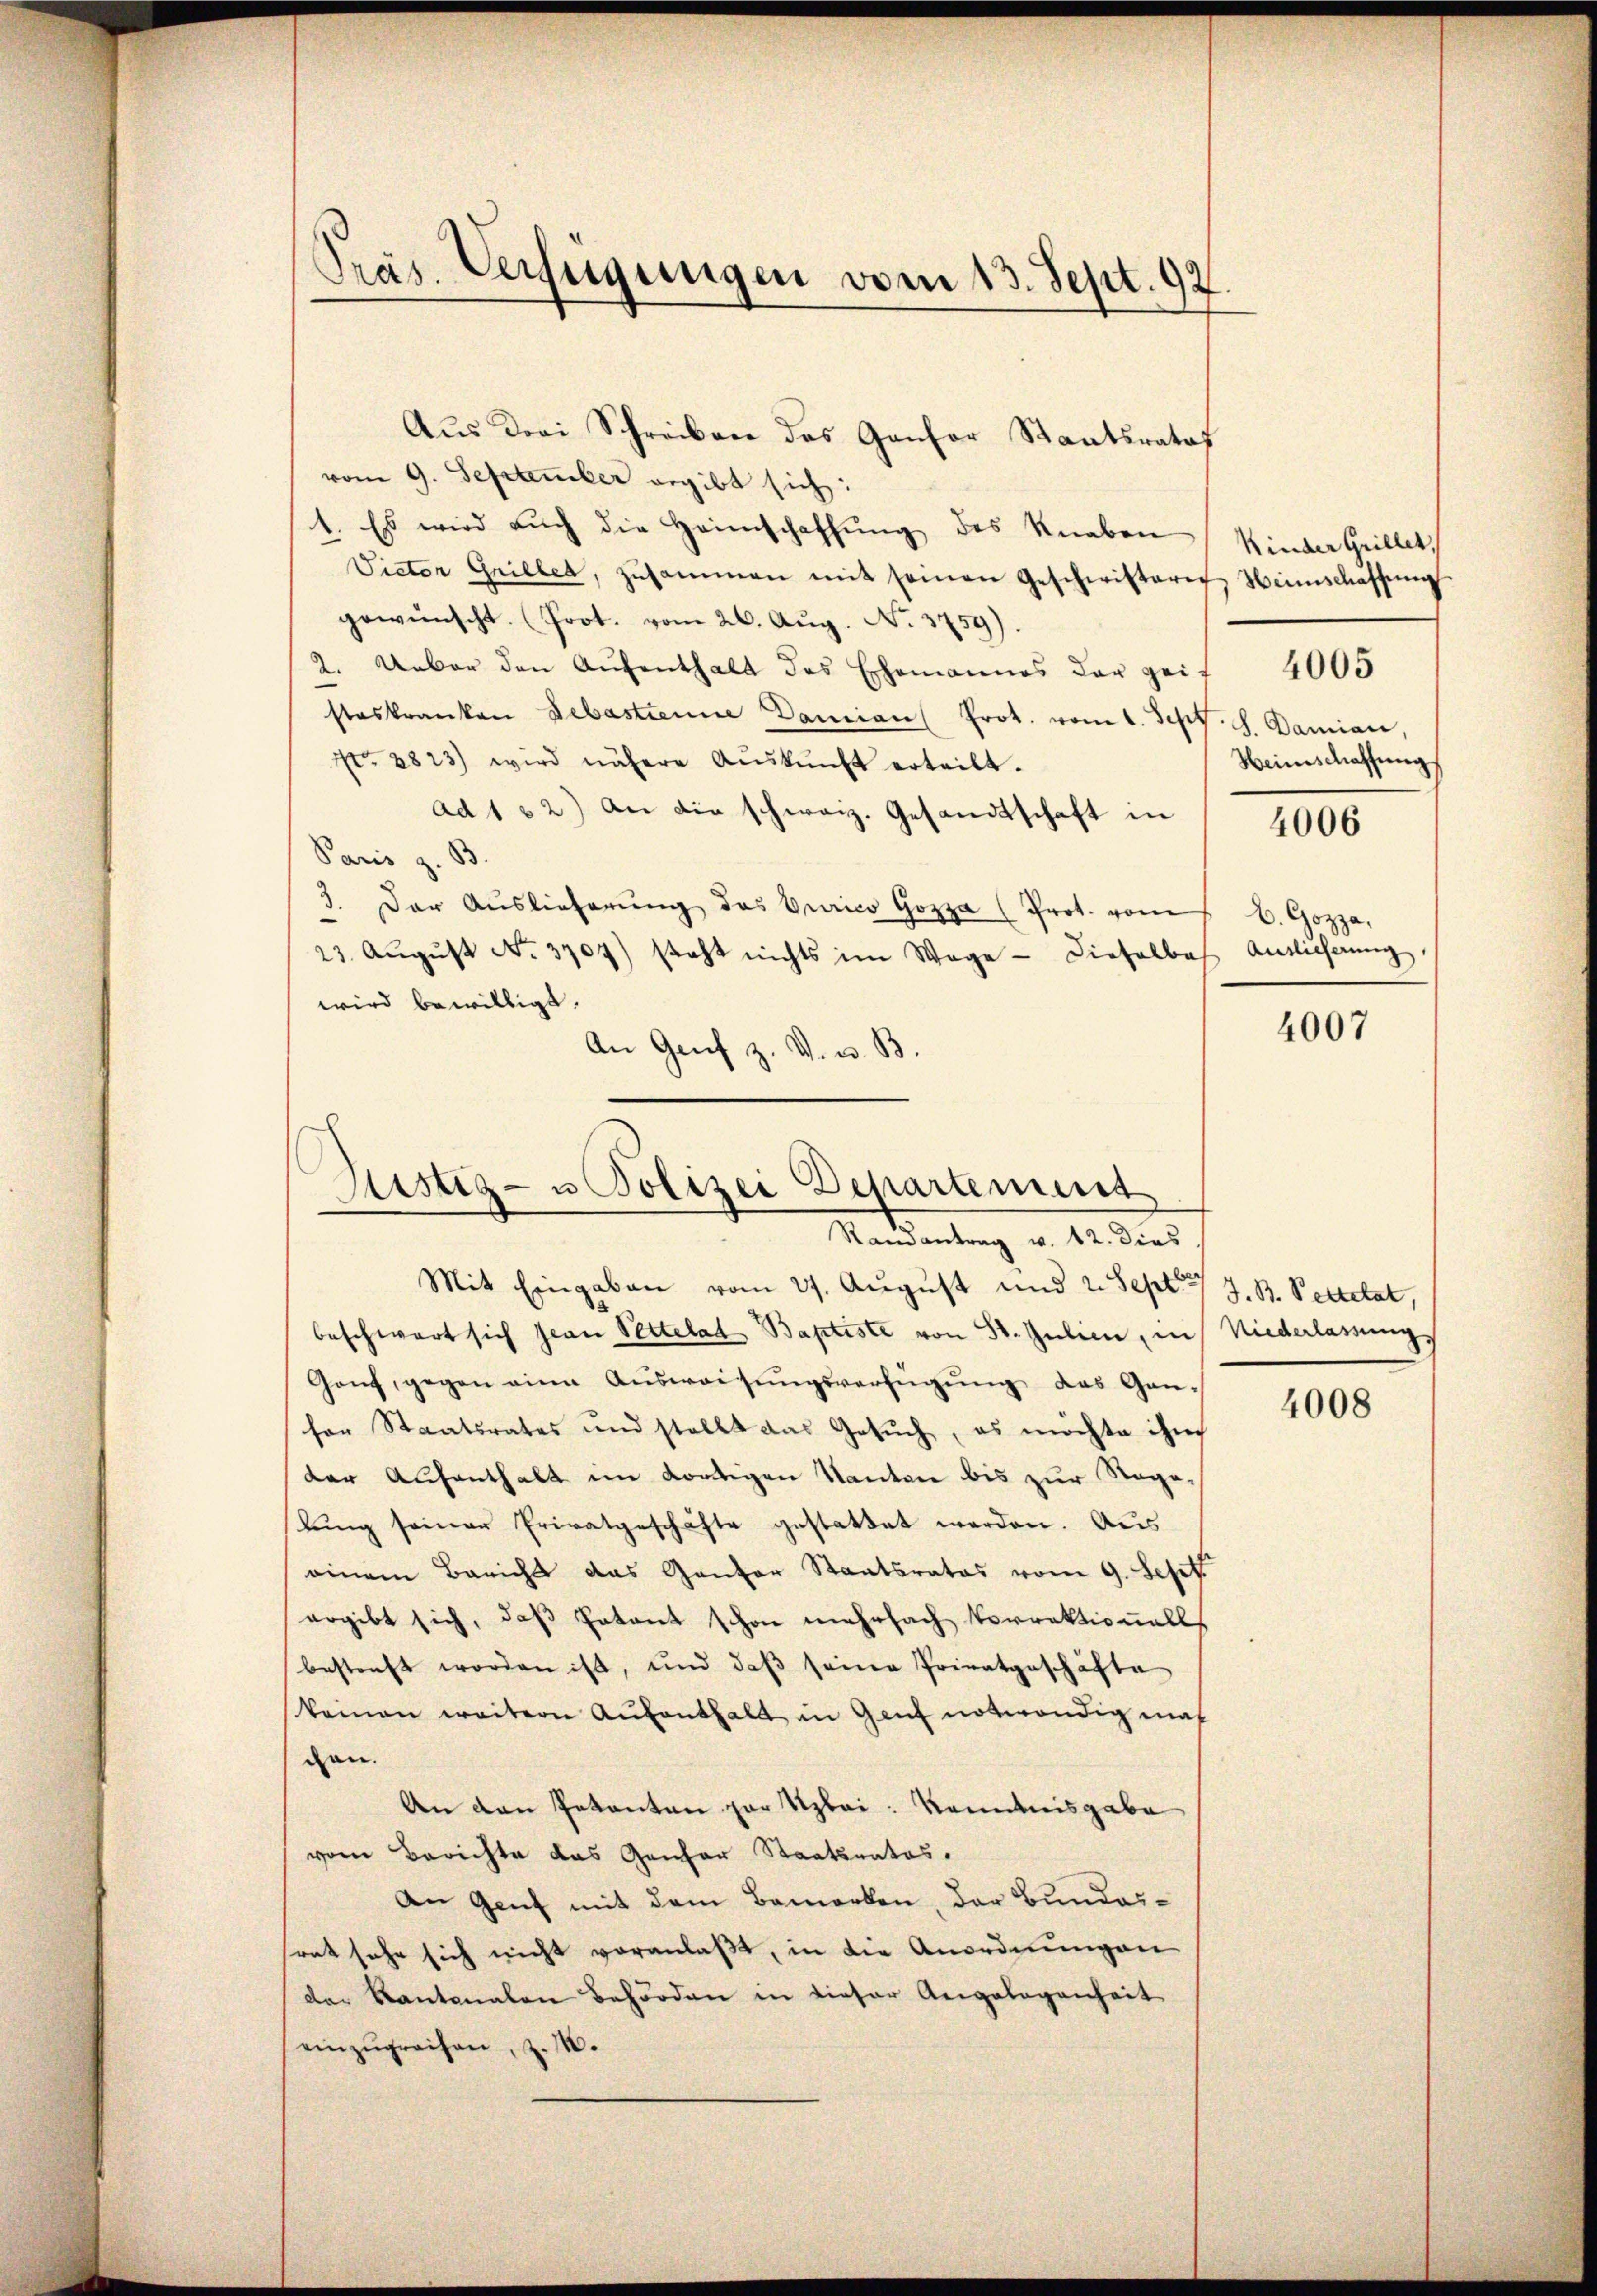
Präs. Verfügungen vom 13. Sept. 92

Aus drei Schreiben des Gansor Staatsrataf
vom 9. September ergibt sich:
1. Es wird aŭch die Heimschaffŭng des Knaben Kinder Grillet,
Victor Grillet, zusammen mit seinen Geschwistere Heimschaffŭng
gewünscht. (Prot. vom 26. Aug. No. 3759).
2. Ueber den Aŭfenthalt des Ehemannes der geit 4005
steskranken Sebastienne Damian Prot. vom 1. Sept. l. Damian,
No. 2823) wird nähere Aŭskŭnft erteilt.
ad 1 & 2) An die schweiz. Gesandtschaft in
4006
Paris z. B.
3. Der Aŭslieferŭng des Curico Gozza (Prot. vom B. Gozza,
23. Aŭgŭst No. 3704) steht nichts im Wege - dieselbes Antlicherŭng
wird bewilligt.
4007
An Genf z. V. u. B.

Sistiz- u Polizei Departement
Randantrag v. 12. dies

Mit Eingaben vom 27. August und 2. Sept. 17. B. Secretat,
beschwart sich Jean Pettelat Baptiste von St. Julien, in Niederlassung
Ganf, gegen eine Aŭsweisŭngsverfügŭng des Ganser Staatsrates und stellt das Gesŭch, es möchte ihm
der Aufenthalt im dortigen Kanton bis zur Roga-
lung seiner Privatgeschäfte gestattet werden. Aus
einem Bericht das Ganter Staatsrates vom 9. Sept
ergibt sich, daß Patent schon mehrfach Vorrektionells
bestraft worden ist, und daβ seine Privatgeschäfte
keinen weitern Aufenthalt in Genf notwendig maß
gan.
An den Petenten zur Uzbei: Kenntnisgabe
vom Berichte das Gener Staatsrates.
An Genf mit dem Bemerken, der Bundessont sehr sich nicht voranlaßt, in die Anordnungen
der Kantonalen Behörden in dieser Angelegenheit
einzŭgreifen, z. 14.

Weinschaffung

4008